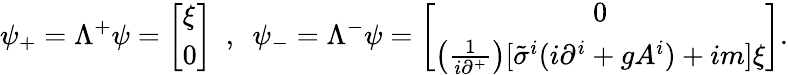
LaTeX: \psi_{+}=\Lambda^{+}\psi=\left[\begin{array}{l}{{\xi}}\\ {{0}}\end{array}\right]~~,~~\psi_{-}=\Lambda^{-}\psi=\left[\begin{array}{c}{{0}}\\ {{\left(\frac{1}{i\partial^{+}}\right)[\tilde{\sigma}^{i}(i\partial^{i}+gA^{i})+im]\xi}}\end{array}\right].